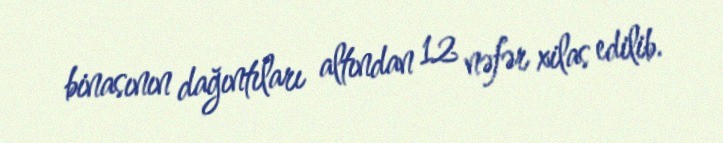
binasının dağıntıları altından 12 nəfər xilas edilib.